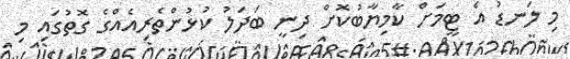
މި ލަނޑު އެ ޓީމަށް ކާމިޔާބުކޮށް ދިނީ ބަދަލު ކުޅުންތެރިއެއްގެ ގޮތުގައި މި